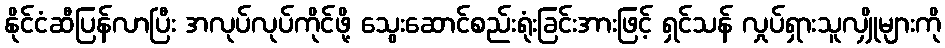
နိုင်ငံဆီပြန်လာပြီး အလုပ်လုပ်ကိုင်ဖို့ သွေးဆောင်စည်းရုံးခြင်းအားဖြင့် ရှင်သန် လှုပ်ရှားသူလျှိုများကို